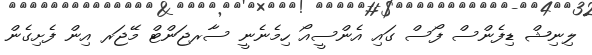
ލިނިޝް ޑިފެންސް ފޯސް ގައި އެންސީއޯ ހިމެނެނީ ސާރޖަންޓް މޭޖަރ އިން ފެށިގެން